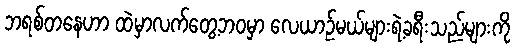
ဘရစ်တနေဟာ ထဲမှာလက်တွေ့ဘဝမှာ လေယာဉ်မယ်များရဲ့ခရီးသည်များကို